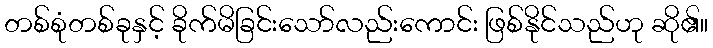
တစ်စုံတစ်ခုနှင့် ခိုက်မိခြင်းသော်လည်းကောင်း ဖြစ်နိုင်သည်ဟု ဆို၏။